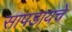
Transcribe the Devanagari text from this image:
सापडायचे